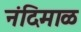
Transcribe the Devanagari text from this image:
नंदिमाळ